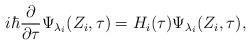
LaTeX: \begin{align*}i\hbar \frac \partial {\partial \tau }\Psi _{\lambda _i}(Z_i,\tau )=H_i(\tau)\Psi _{\lambda _i}(Z_i,\tau ),\end{align*}